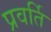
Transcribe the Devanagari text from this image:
प्रवर्ति